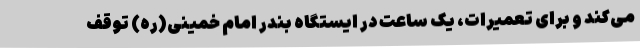
می‌کند و برای تعمیرات، یک ساعت در ایستگاه بندر امام خمینی(ره) توقف